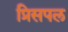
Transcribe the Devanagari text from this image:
प्रिसपल